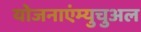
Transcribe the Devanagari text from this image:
योजनाएंम्युचुअल